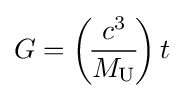
G=\left(\!{\frac {c^{3}}{M_{\text{U}}}}\!\right)t